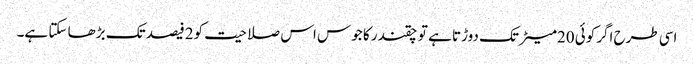
اسی طرح اگرکوئی 20میٹر تک دوڑتا ہے تو چقندر کا جوس اس صلاحیت کو2فیصد تک بڑھا سکتا ہے۔